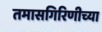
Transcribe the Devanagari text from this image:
तमासगिरिणीच्या